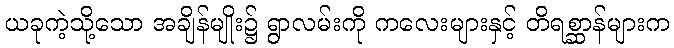
ယခုကဲ့သို့သော အချိန်မျိုး၌ ရွာလမ်းကို ကလေးများနှင့် တိရစ္ဆာန်များက